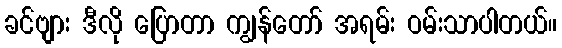
ခင်ဗျား ဒီလို ပြောတာ ကျွန်တော် အရမ်း ဝမ်းသာပါတယ်။